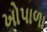
ખોપાળા